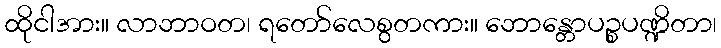
ထိုငါအား။ လာဘာဝတ၊ ရတော်လေစွတကား။ ဘောန္တောပဉ္စပဏ္ဍိတာ၊